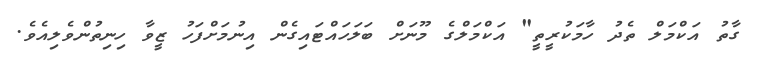
ގާތު އަކްމަލް ތެދު ހާމަކުރީތީ" އަކްމަލްގެ މޫނަށް ބަލަހައްޓައިގެން އިނުމަށްފަހު ޒީވާ ހިނިތުންވެލިއެވެ.